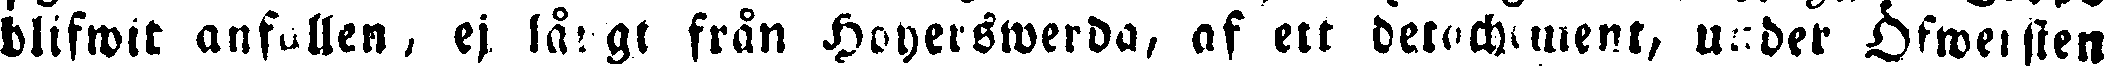
blifwit anfallen, ej långt från Hoyerswerda, af ett berochment under Öfwersten